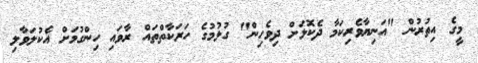
މީގެ އިތުރުން "އަނިޔާވެރިކަމާ ދެކޮޅަށް ދިވެހިން" ގުޅުމުގެ ހަރަކާތްތައް ރާވައި ހިންގުމަށް އެކުލަވާލި